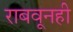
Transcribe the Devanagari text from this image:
राबवूनही